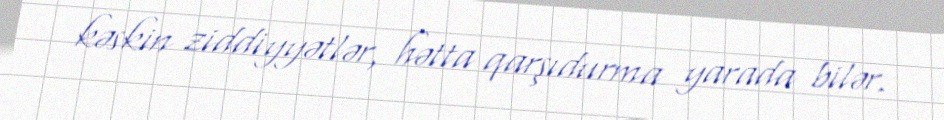
kəskin ziddiyyətlər, hətta qarşıdurma yarada bilər.